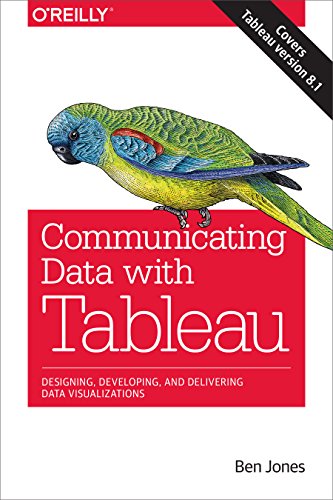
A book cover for Communicating Data with Tableau; Ben Jones; Computers & Technology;